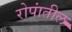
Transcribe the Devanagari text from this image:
रोपांतील